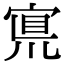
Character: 𡩇